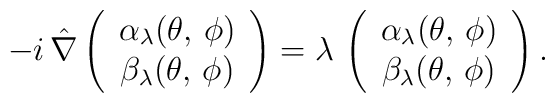
-i\,\hat{\nabla}    \left(\begin{array}{c}      \alpha_\lambda (\theta,\, \phi)  \\      \beta_\lambda (\theta,\, \phi)    \end{array}\right) =    \lambda\, \left(\begin{array}{c}      \alpha_\lambda (\theta,\, \phi) \\      \beta_\lambda (\theta,\, \phi)    \end{array}\right).